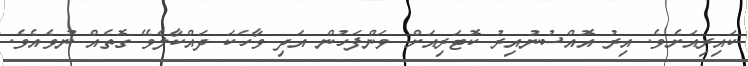
ކައިރިއަށެވެ. އިރު އޮއްސުނުއިރު ކޮޓަރިއަށް ވަންފަހުން އަދި ވާހަކަ ދައްކާލެވޭ ގޮތެއް ނުވެއެވެ.